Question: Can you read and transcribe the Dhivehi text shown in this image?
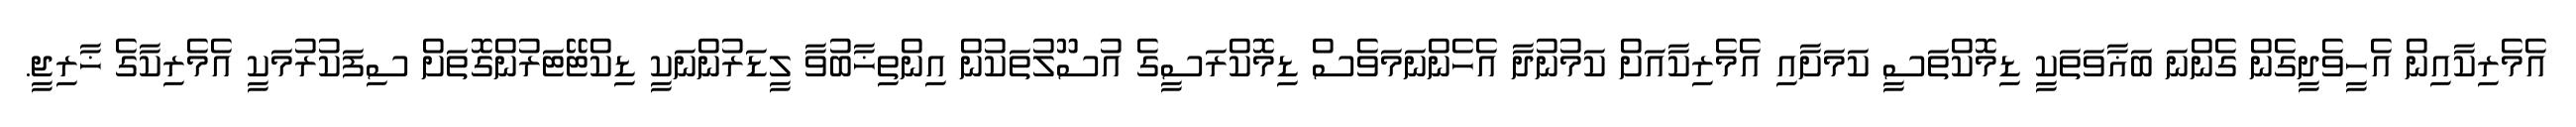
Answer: އެމެރިކާއިން އެހީވެދީގެން ގެންނަ ބަޣާވަތަކީ ޑިމޮކްތަސީ ކަމަށާއި އެމެރިކާއަށް ކަމުނުދާ އެހެންނަމަވެސް ޑިމޮކްރަސީގެ އުސޫލުތަކުން އިންތިޚާބުވާ ލީޑަރުންނަކީ ޑިކްޓޭޓަރުންގޮތަށް ސިފަކުރުމަކީ އެމެރިކާގެ ޚާރިޖީ.